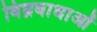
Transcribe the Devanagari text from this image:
विघ्नबाधाओं